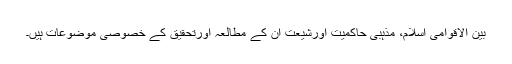
بین الاقوامی اسلام، مذہبی حاکمیت اورشیعت ان کے مطالعہ اورتحقیق کے خصوصی موضوعات ہیں۔